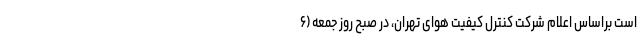
است براساس اعلام شرکت کنترل کیفیت هوای تهران، در صبح روز جمعه (۶